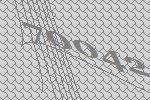
70042